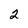
Character: 2